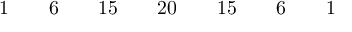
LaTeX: \begin{array} { c c c c c c c c c c c c c c c c c } { { } } & { { } } & { { 1 } } & { { } } & { { 6 } } & { { } } & { { 1 5 } } & { { } } & { { 2 0 } } & { { } } & { { 1 5 } } & { { } } & { { 6 } } & { { } } & { { 1 } } & { { } } & { { } } \end{array}